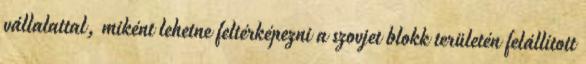
vállalattal, miként lehetne feltérképezni a szovjet blokk területén felállított